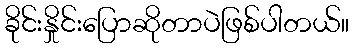
ခိုင်းနှိုင်းပြောဆိုတာပဲဖြစ်ပါတယ်။